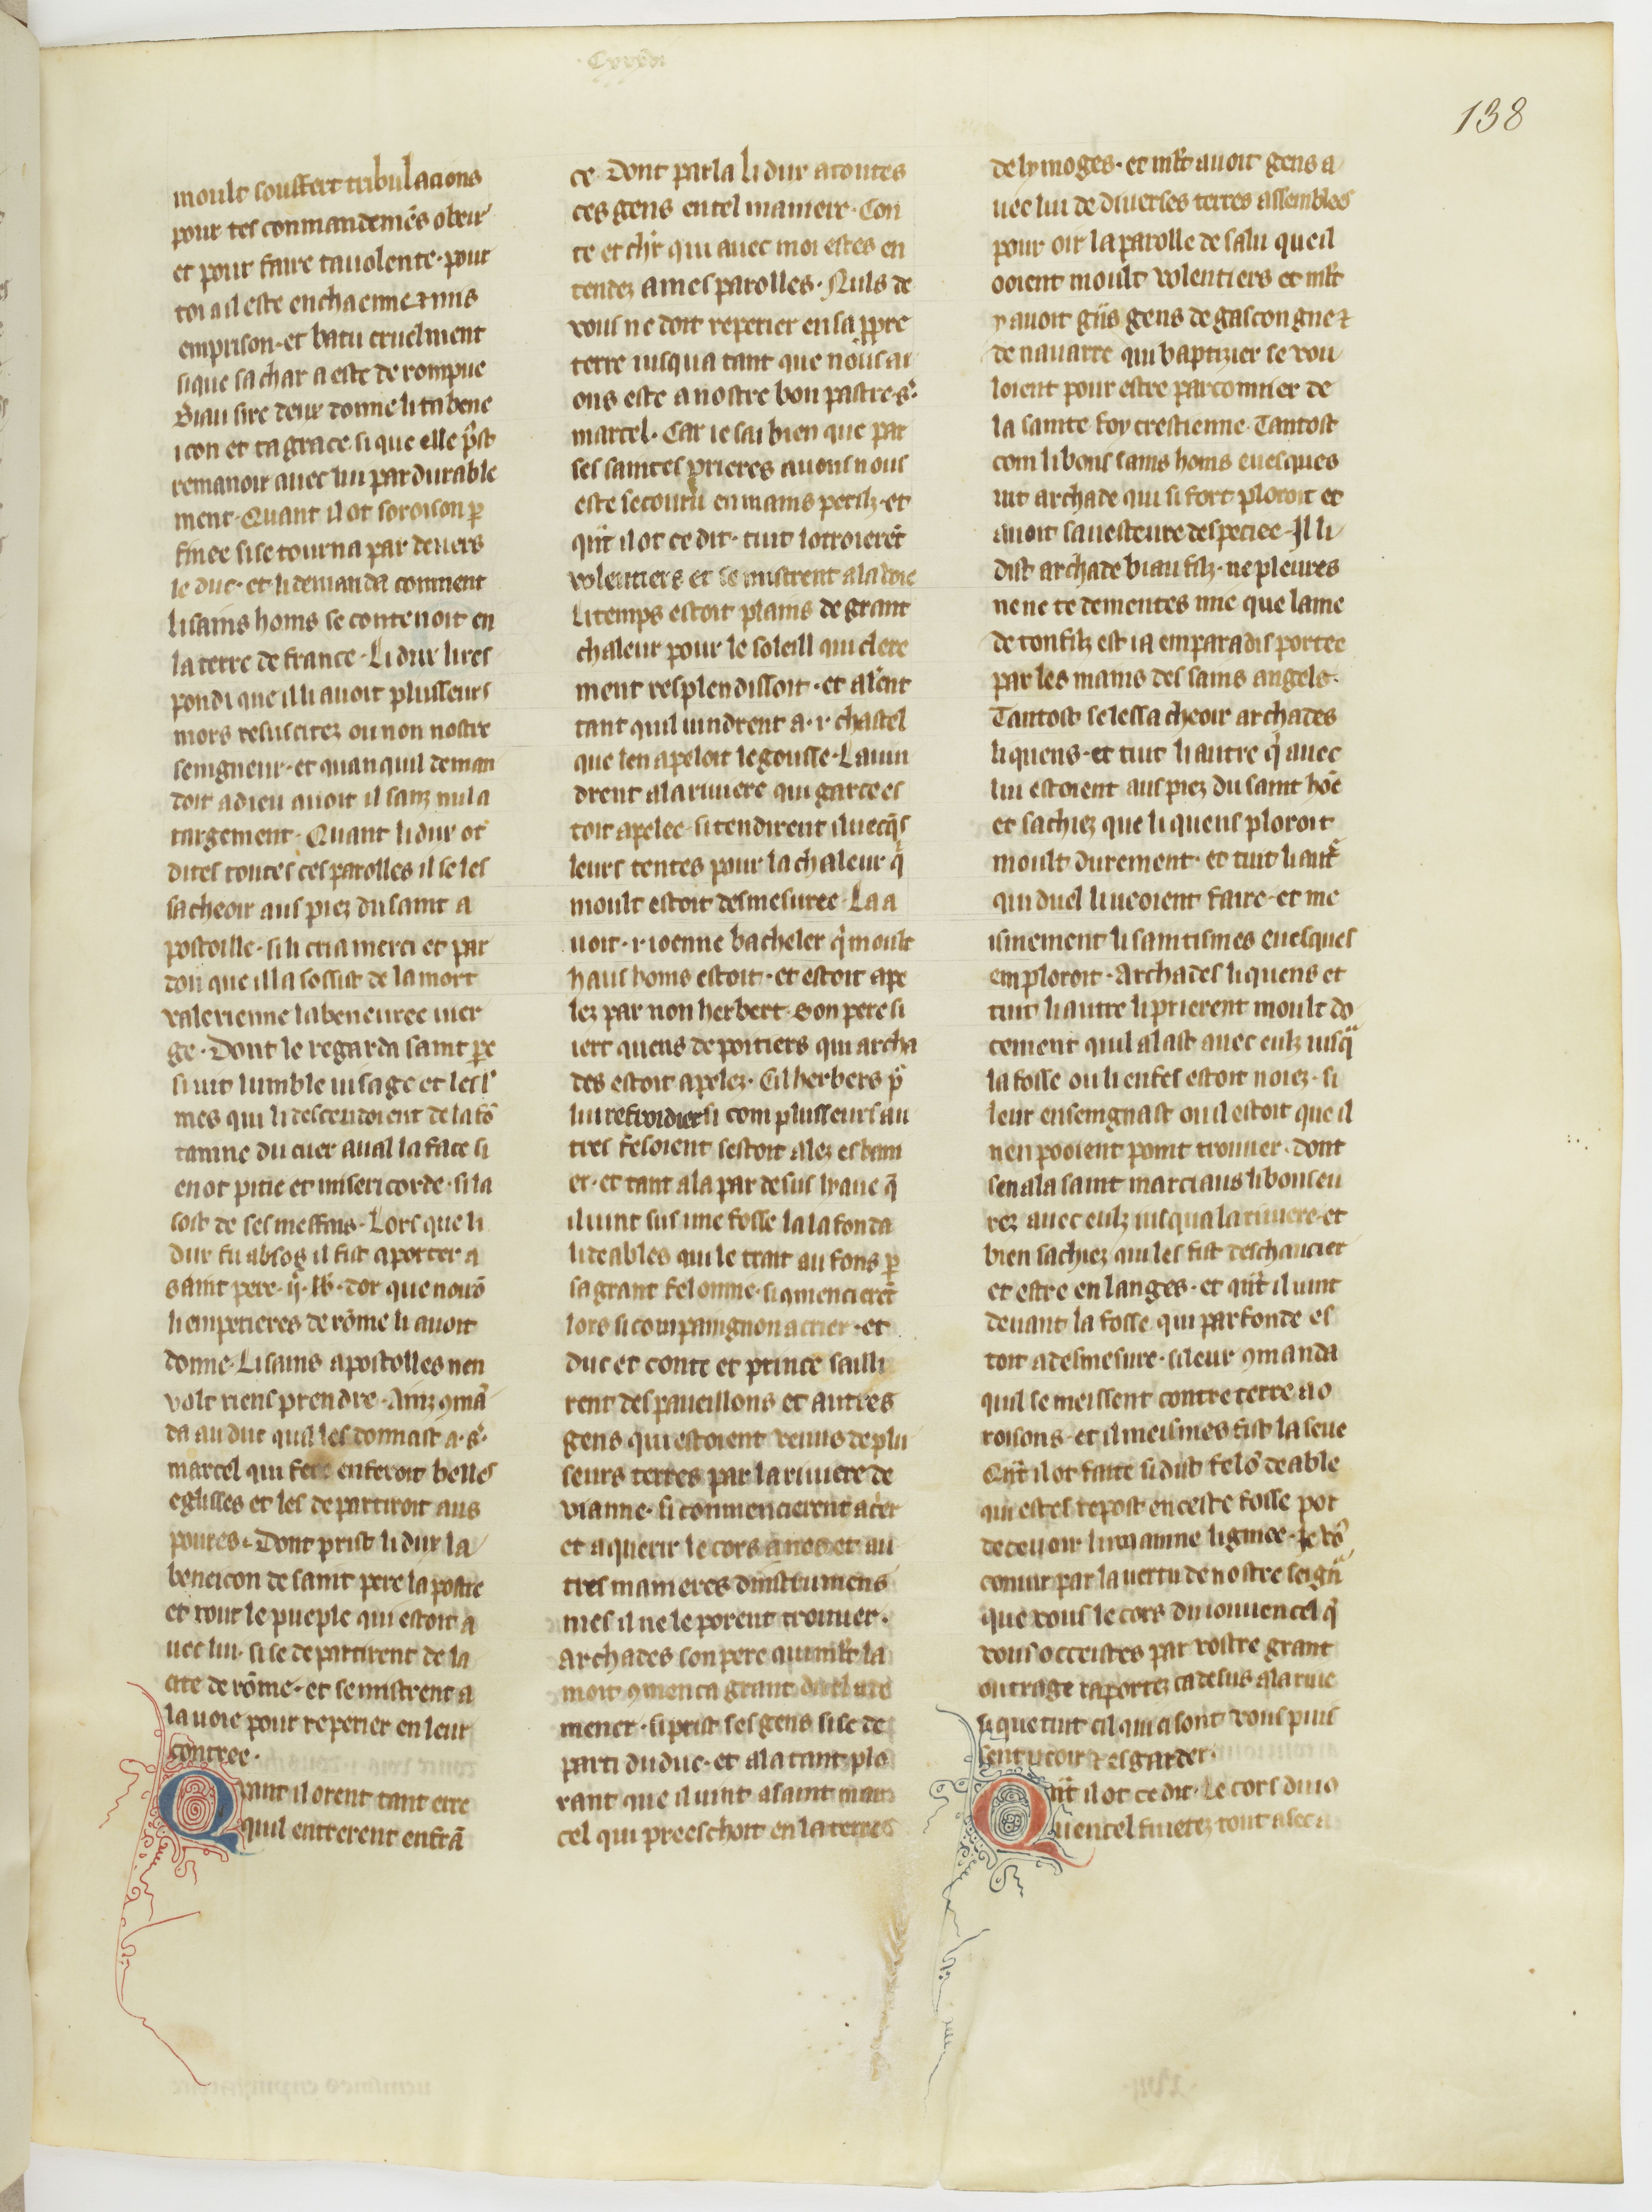
Shelfmark: Paris, BnF, fr. 185
Century: 15